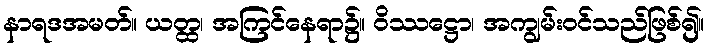
နာရဒအမတ်။ ယတ္ထ၊ အကြင်နေရာ၌။ ဝိဿဋ္ဌော၊ အကျွမ်းဝင်သည်ဖြစ်၍။